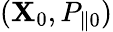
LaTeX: ({\mathbf X}_{0},P_{\| 0})